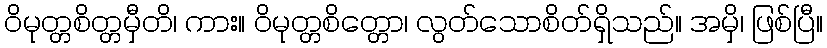
ဝိမုတ္တစိတ္တမှီတိ၊ ကား။ ဝိမုတ္တစိတ္တော၊ လွတ်သောစိတ်ရှိသည်။ အမှိ၊ ဖြစ်ပြီ။